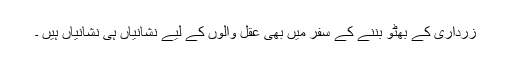
زرداری کے بھٹو بننے کے سفر میں بھی عقل والوں کے لیے نشانیاں ہی نشانیاں ہیں ۔